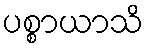
ပစ္စာယာသိ